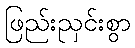
ဖြည်းညှင်းစွာ